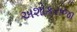
અશોકરાજા